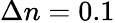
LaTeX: \Delta n=0.1